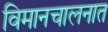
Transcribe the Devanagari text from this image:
विमानचालनात